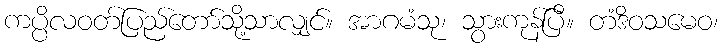
ကပ္ပိလဝတ်ပြည်တော်သို့သာလျှင်။ အာဂမံသု၊ သွားကုန်ပြီ။ တံဒိဝသမေဝ၊